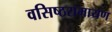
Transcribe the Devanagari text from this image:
वसिष्ठरामायण